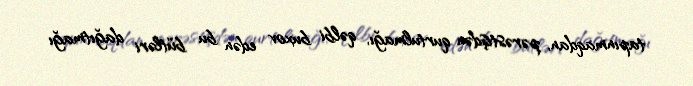
tapınmaqdan, pərəstişdən qurtulmağı, qəlbi buxov edən bu bütləri dağıtmağı